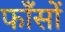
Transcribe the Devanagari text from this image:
फाँसों